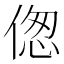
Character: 偬